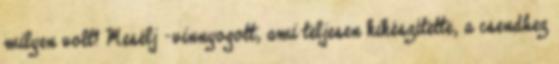
milyen volt? Mesélj -vinnyogott, ami teljesen kikészítette, a csendhez